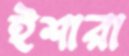
ইশারা